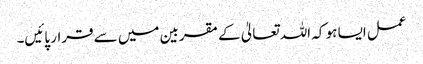
عمل ایسا ہو کہ اللہ تعالیٰ کے مقربین میں سے قرار پائیں۔